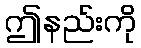
ဤနည်းကို